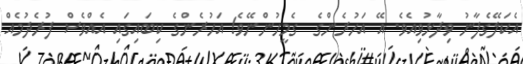
އެކަލޭގެފާނު ވިދާޅުވިއެވެ. އޭ އަހުރެންގެ  ގެމީހުންނޭވެ! އަހުރެންގެ ކިބައިގައި އެއްވެސް ފުރެދުމެއް